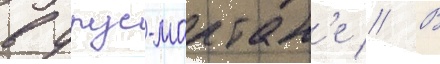
в урус-мартан'е // В